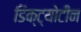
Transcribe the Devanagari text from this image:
डिक्ट्योटीन